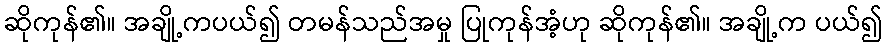
ဆိုကုန်၏။ အချို့ကပယ်၍ တမန်သည်အမှု ပြုကုန်အံ့ဟု ဆိုကုန်၏။ အချို့က ပယ်၍